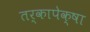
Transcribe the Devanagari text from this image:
तर्कापेक्षा